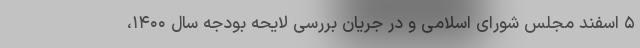
۵ اسفند مجلس شورای اسلامی و در جریان بررسی لایحه بودجه سال ۱۴۰۰،